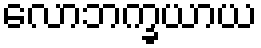
လောဘက္ခယာယ